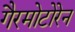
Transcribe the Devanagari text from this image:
गैरमोटोरेन